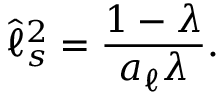
\hat { \ell } _ { s } ^ { 2 } = \frac { 1 - \lambda } { a _ { \ell } \lambda } .